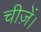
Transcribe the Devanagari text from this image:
चीज़ें।